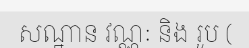
សណ្ឋាន វណ្ណៈ និង រូប (